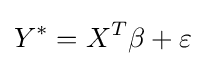
Y^{\ast }=X^{T}\beta +\varepsilon